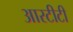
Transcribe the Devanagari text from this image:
आरटीटी